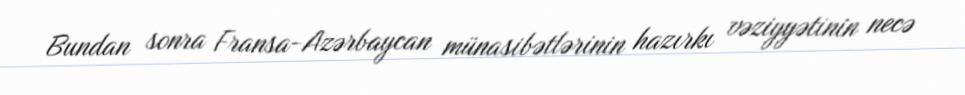
Bundan sonra Fransa-Azərbaycan münasibətlərinin hazırkı vəziyyətinin necə